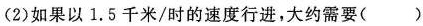
(2)如果以1.5千米/时的速度行进，大约需要( )